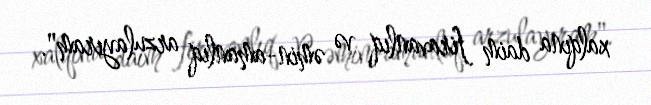
xalqına daim firavanlıq və əmin-amanlıq arzulayıram".